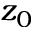
z _ { 0 }